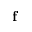
\mathbf { f }